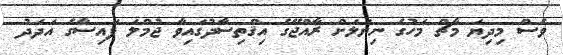
ވެސް މިދިޔަ މާޗް މަހުގެ ނިޔަލަށް ރާއްޖޭގެ އިޤްތިސާދުގައިވާ ޖުމްލަ ފައިސާގެ އަދަދު